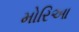
મોરિઆ